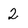
Character: 2